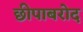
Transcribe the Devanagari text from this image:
छीपाबरोद